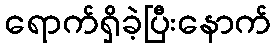
ရောက်ရှိခဲ့ပြီးနောက်